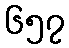
၆၅၇